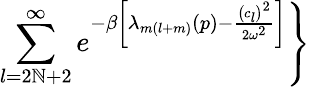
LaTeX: \sum_{l=2\mathbb{N}+2}^{\infty}e^{-\beta\left[\lambda_{m(l+m)}\left(p\right)-\frac{{\left(c_{l}\right)^{2}}}{{2\omega^{2}}}\right]}\Biggr\}